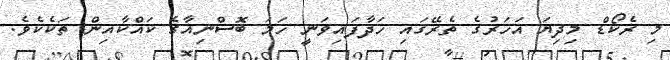
މި ރެކޯޑް މިދިޔަ އަހަރުގެ ތެރޭގައި ހަދާފައިވަނީ ހަމަ ބޮސްނިއާގެ ކައްކާއިން ތަކެކެވެ.